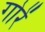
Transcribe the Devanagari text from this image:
गोरें